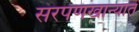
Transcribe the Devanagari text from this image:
सरपणखान्यात